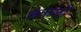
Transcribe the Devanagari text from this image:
अंकलों